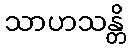
သာဟသန္တိ